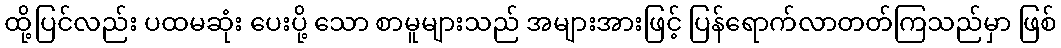
ထို့ပြင်လည်း ပထမဆုံး ပေးပို့ သော စာမူများသည် အများအားဖြင့် ပြန်ရောက်လာတတ်ကြသည်မှာ ဖြစ်